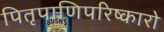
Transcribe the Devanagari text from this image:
पितृपाणिपरिष्कारो